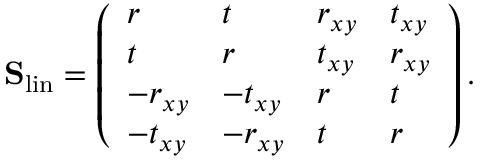
\mathbf { S } _ { \mathrm { l i n } } = \left( \begin{array} { l l l l } { r } & { t } & { r _ { x y } } & { t _ { x y } } \\ { t } & { r } & { t _ { x y } } & { r _ { x y } } \\ { - r _ { x y } } & { - t _ { x y } } & { r } & { t } \\ { - t _ { x y } } & { - r _ { x y } } & { t } & { r } \end{array} \right) .